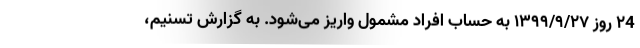
٢4 روز ١٣٩٩/٩/٢٧ به حساب افراد مشمول واریز می‌شود. به گزارش تسنیم،